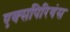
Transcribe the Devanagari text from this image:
एक्सपिरियंस